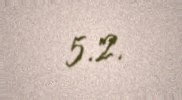
5.2.